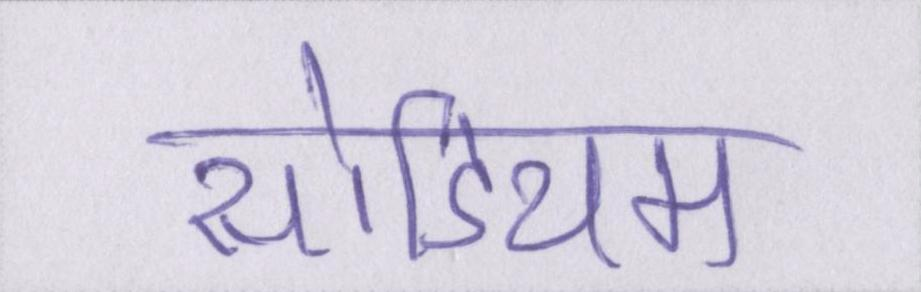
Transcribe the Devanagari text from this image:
सोडियम